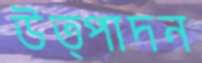
উত্পাদন